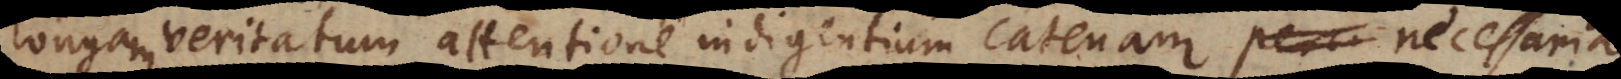
longam veritatum attentione indigentium catenam necessaria